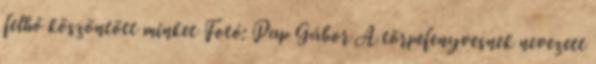
felhő köszöntött minket Fotó: Pap Gábor A törpefenyvesnek nevezett